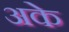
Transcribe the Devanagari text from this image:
अके